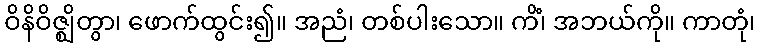
ဝိနိဝိဇ္ဈိတွာ၊ ဖောက်ထွင်း၍။ အညံ၊ တစ်ပါးသော။ ကိံ၊ အဘယ်ကို။ ကာတုံ၊